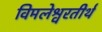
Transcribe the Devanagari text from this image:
विमलेश्वरतीर्थ